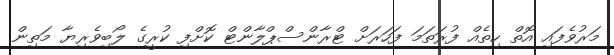
މަރުވެފައި އޮތް ހިތެއް ފުރަތަމަ ފަހަރަށް ޓްރާންސްޕްލާންޓް ކޮށްފި ކުރީގެ ލޯބިވެރިޔާ މަތިން